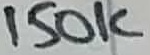
Text: 150K